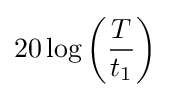
20\log {\mathord {\left({\frac {T}{t_{1}}}\right)}}